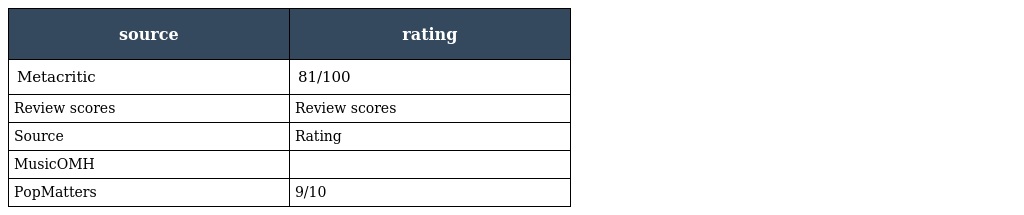
| source | rating |
 | --- | --- |
 | Metacritic | 81/100 |
 | Review scores | Review scores |
 | Source | Rating |
 | MusicOMH |  |
 | PopMatters | 9/10 |